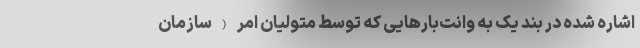
اشاره‌ شده در بند یک به وانت‌بارهایی که توسط متولیان امر (سازمان